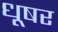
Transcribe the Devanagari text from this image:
धूषर